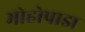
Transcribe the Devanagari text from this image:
मोहोपाडा